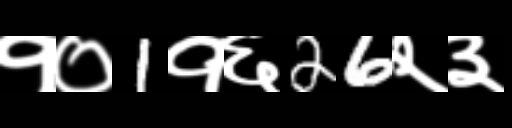
Text: १०1१६26२३